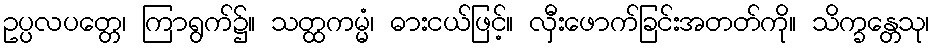
ဥပ္ပလပတ္တေ၊ ကြာရွက်၌။ သတ္ထကမ္မံ၊ ဓားငယ်ဖြင့်။ လှီးဖောက်ခြင်းအတတ်ကို။ သိက္ခန္တေသု၊